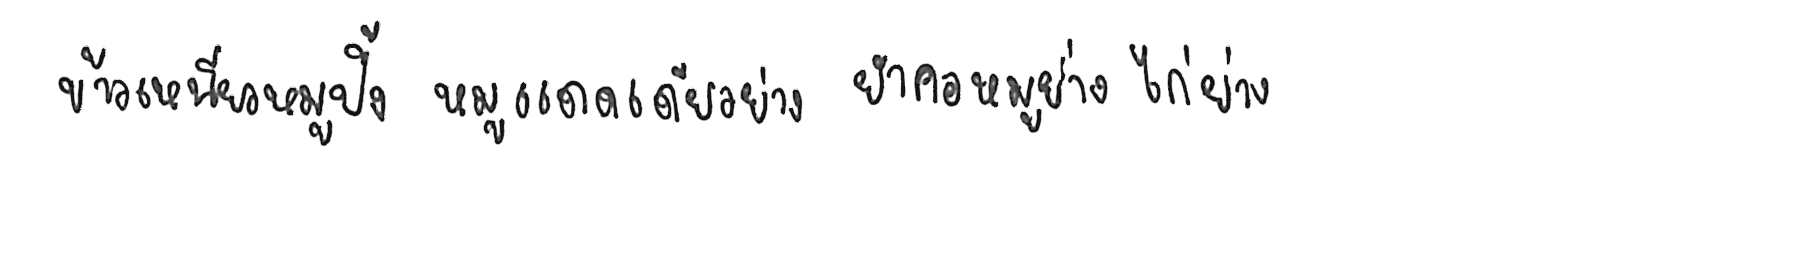
ข้าวเหนียวหมูปิ้ง หมูแดดเดียวย่าง ยำคอหมูย่าง ไก่ย่าง